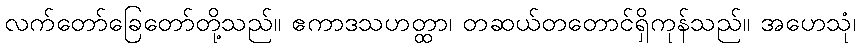
လက်တော်ခြေတော်တို့သည်။ ဧကာဒသဟတ္ထာ၊ တဆယ်တတောင်ရှိကုန်သည်။ အဟေသုံ၊